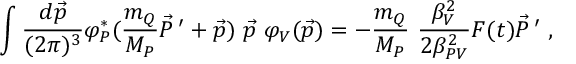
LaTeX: \int \frac { d \vec { p } } { ( 2 \pi ) ^ { 3 } } \varphi _ { P } ^ { * } ( \frac { m _ { Q } } { M _ { P } } \vec { P } \, ^ { \prime } + \vec { p } ) ~ \vec { p } ~ \varphi _ { V } ( \vec { p } ) = - \frac { m _ { Q } } { M _ { P } } ~ \frac { \beta _ { V } ^ { 2 } } { 2 \beta _ { P V } ^ { 2 } } F ( t ) \vec { P } \, ^ { \prime } \; ,